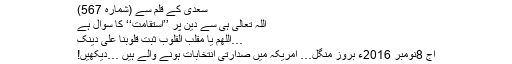
سعدی کے قلم سے (شمارہ 567)
اللہ تعالیٰ ہی سے دین پر ’’استقامت‘‘ کا سوال ہے
…اَللّٰھُمَّ یَا مُقَلِّبَ الْقُلُوْبِ ثَبِّتْ قُلُوْبَنَا عَلیٰ دِیْنِکَ
آج 8نومبر 2016ء بروز منگل… امریکہ میں صدارتی انتخابات ہونے والے ہیں …دیکھیں!